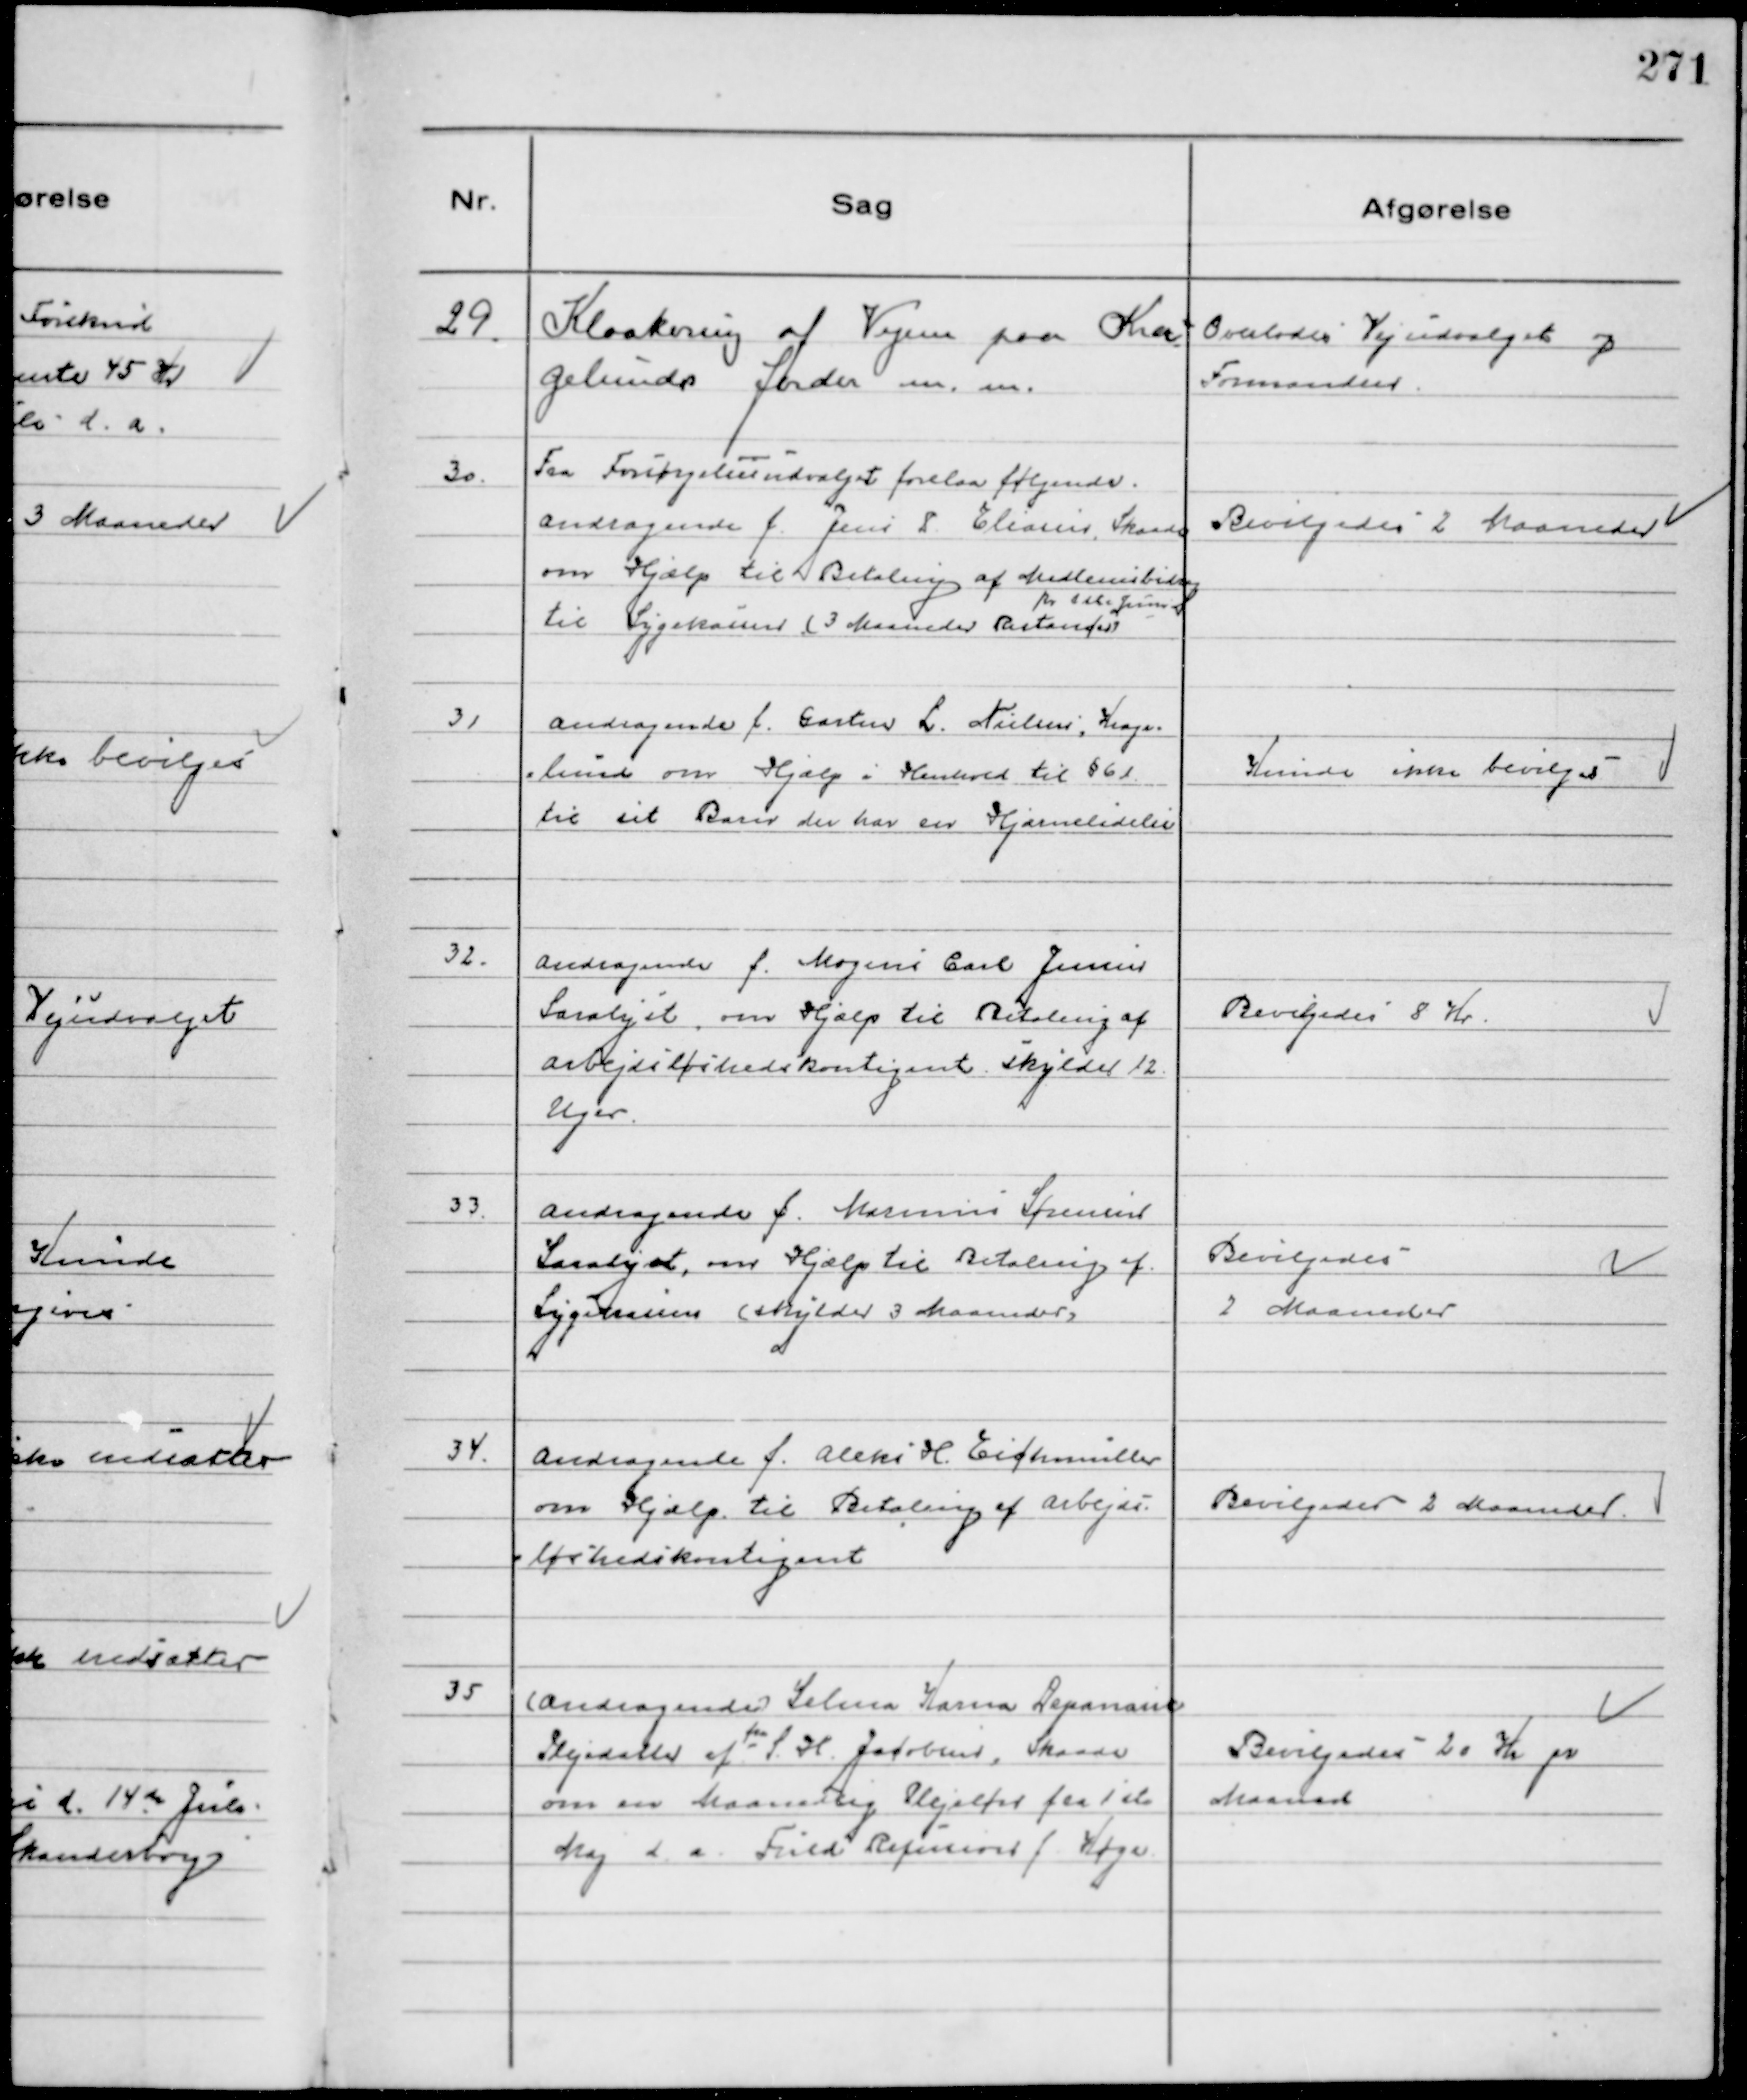
Transskription:
29.
Kloakering af Vejen paa Kra-
gelunds Jorder m.m.

Overlodes Vejudvalget og
Formanden

30.
Fra Forsørgelsesudvalget forelaa følgende.
Andragende f Jens P Eliasen, Skaade
om Hjælp til Betaling af Medlemsbidrag
pr 1 ste Juni
til Sygekassen (3 Maaneders Restancer)

Bevilgedes 2 Maaneder

31
Andragende f. Gartner L Nielsen, Krage
lund om Hjælp i Henhold til § 61
til sit Barn der har en Hjernelidelse

Kunde ikke bevilges

32.
Andragende f. Mogens Carl Jensen
Saralyst, om Hjælp til Betaling af
Arbejdsløshedskontigent skylder 12
Uger.

Bevilgedes 8 Kr.

33.
Andragende f. Marinus Sørensen
Saralyst, om Hjælp til Betaling af
Sygekassen (skylder 3 Maaneder)

Bevilgedes
2 Maaneder

34.
Andragende f. Aleks H. Eichmüller
om Hjælp til Betaling af Arbejds
løshedskontigent

Bevilgedes 2 Maaneder.

35
(Andragende) Selma Karna Depanaise
Plejedatter af fru S. H. Jacobsen, Skaade
om en Maanedlig Plejeløn fra 1ste
Maj d.a. Fuld Refusion f. Køge

Bevilgedes 20 Kr pr
Maaned